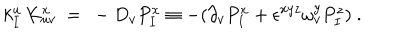
k _ { I } ^ { u } \, K _ { u v } ^ { x } \ = \ - D _ { v } P _ { I } ^ { x } \equiv - ( \partial _ { v } P _ { I } ^ { x } + \epsilon ^ { x y z } \omega _ { v } ^ { y } P _ { I } ^ { z } ) \ .